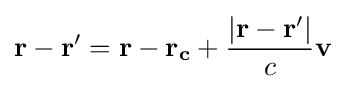
\mathbf {r} -\mathbf {r'} =\mathbf {r} -\mathbf {r_{c}} +{\frac {|\mathbf {r} -\mathbf {r'} |}{c}}\mathbf {v}